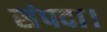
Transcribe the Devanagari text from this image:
संपदा।